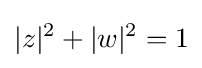
|z|^{2}+|w|^{2}=1